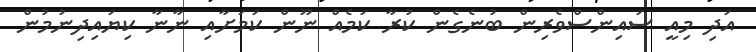
އަދި މިއީ ސައިންސްވެރިން ބުނެގެން ކުރާ ކަމެއް ނޫން ކަމަށާއި ނާނާ ކިޔައިދިނުމުން